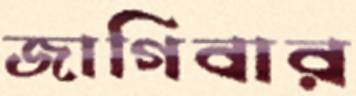
জাগিবার